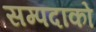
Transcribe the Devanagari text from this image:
सम्पदाको